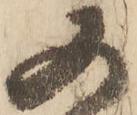
又